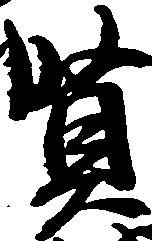
賢